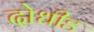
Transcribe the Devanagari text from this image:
दोधीड